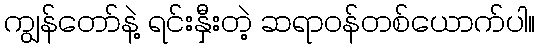
ကျွန်တော်နဲ့ ရင်းနှီးတဲ့ ဆရာဝန်တစ်ယောက်ပါ။